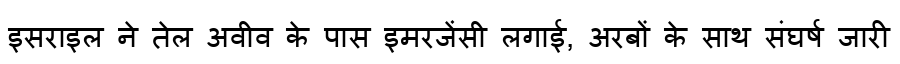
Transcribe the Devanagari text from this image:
इसराइल ने तेल अवीव के पास इमरजेंसी लगाई, अरबों के साथ संघर्ष जारी